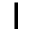
\mathsf { I }